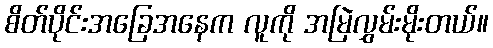
စိတ်ပိုင်းအခြေအနေက လူကို အမြဲလွှမ်းမိုးတယ်။